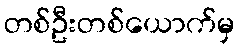
တစ်ဦးတစ်ယောက်မှ